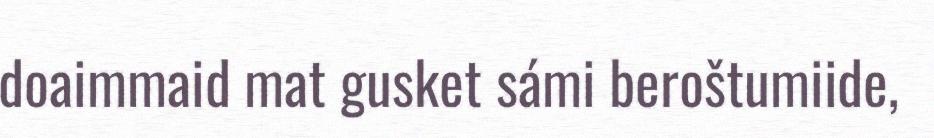
doaimmaid mat gusket sámi beroštumiide,